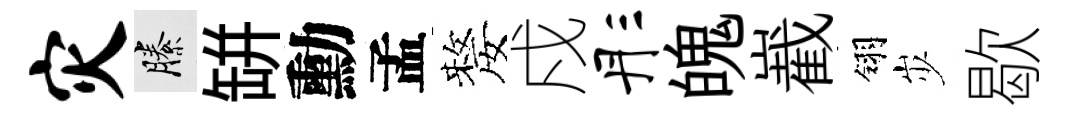
灾縢缾勳孟嫠戍彤魄嶻翎𡵯歇